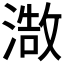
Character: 𮳒